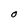
Character: O